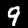
Digit: 9